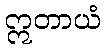
ဣတာယံ